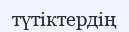
түтіктердің